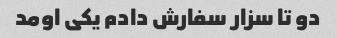
دو تا سزار سفارش دادم یکی اومد